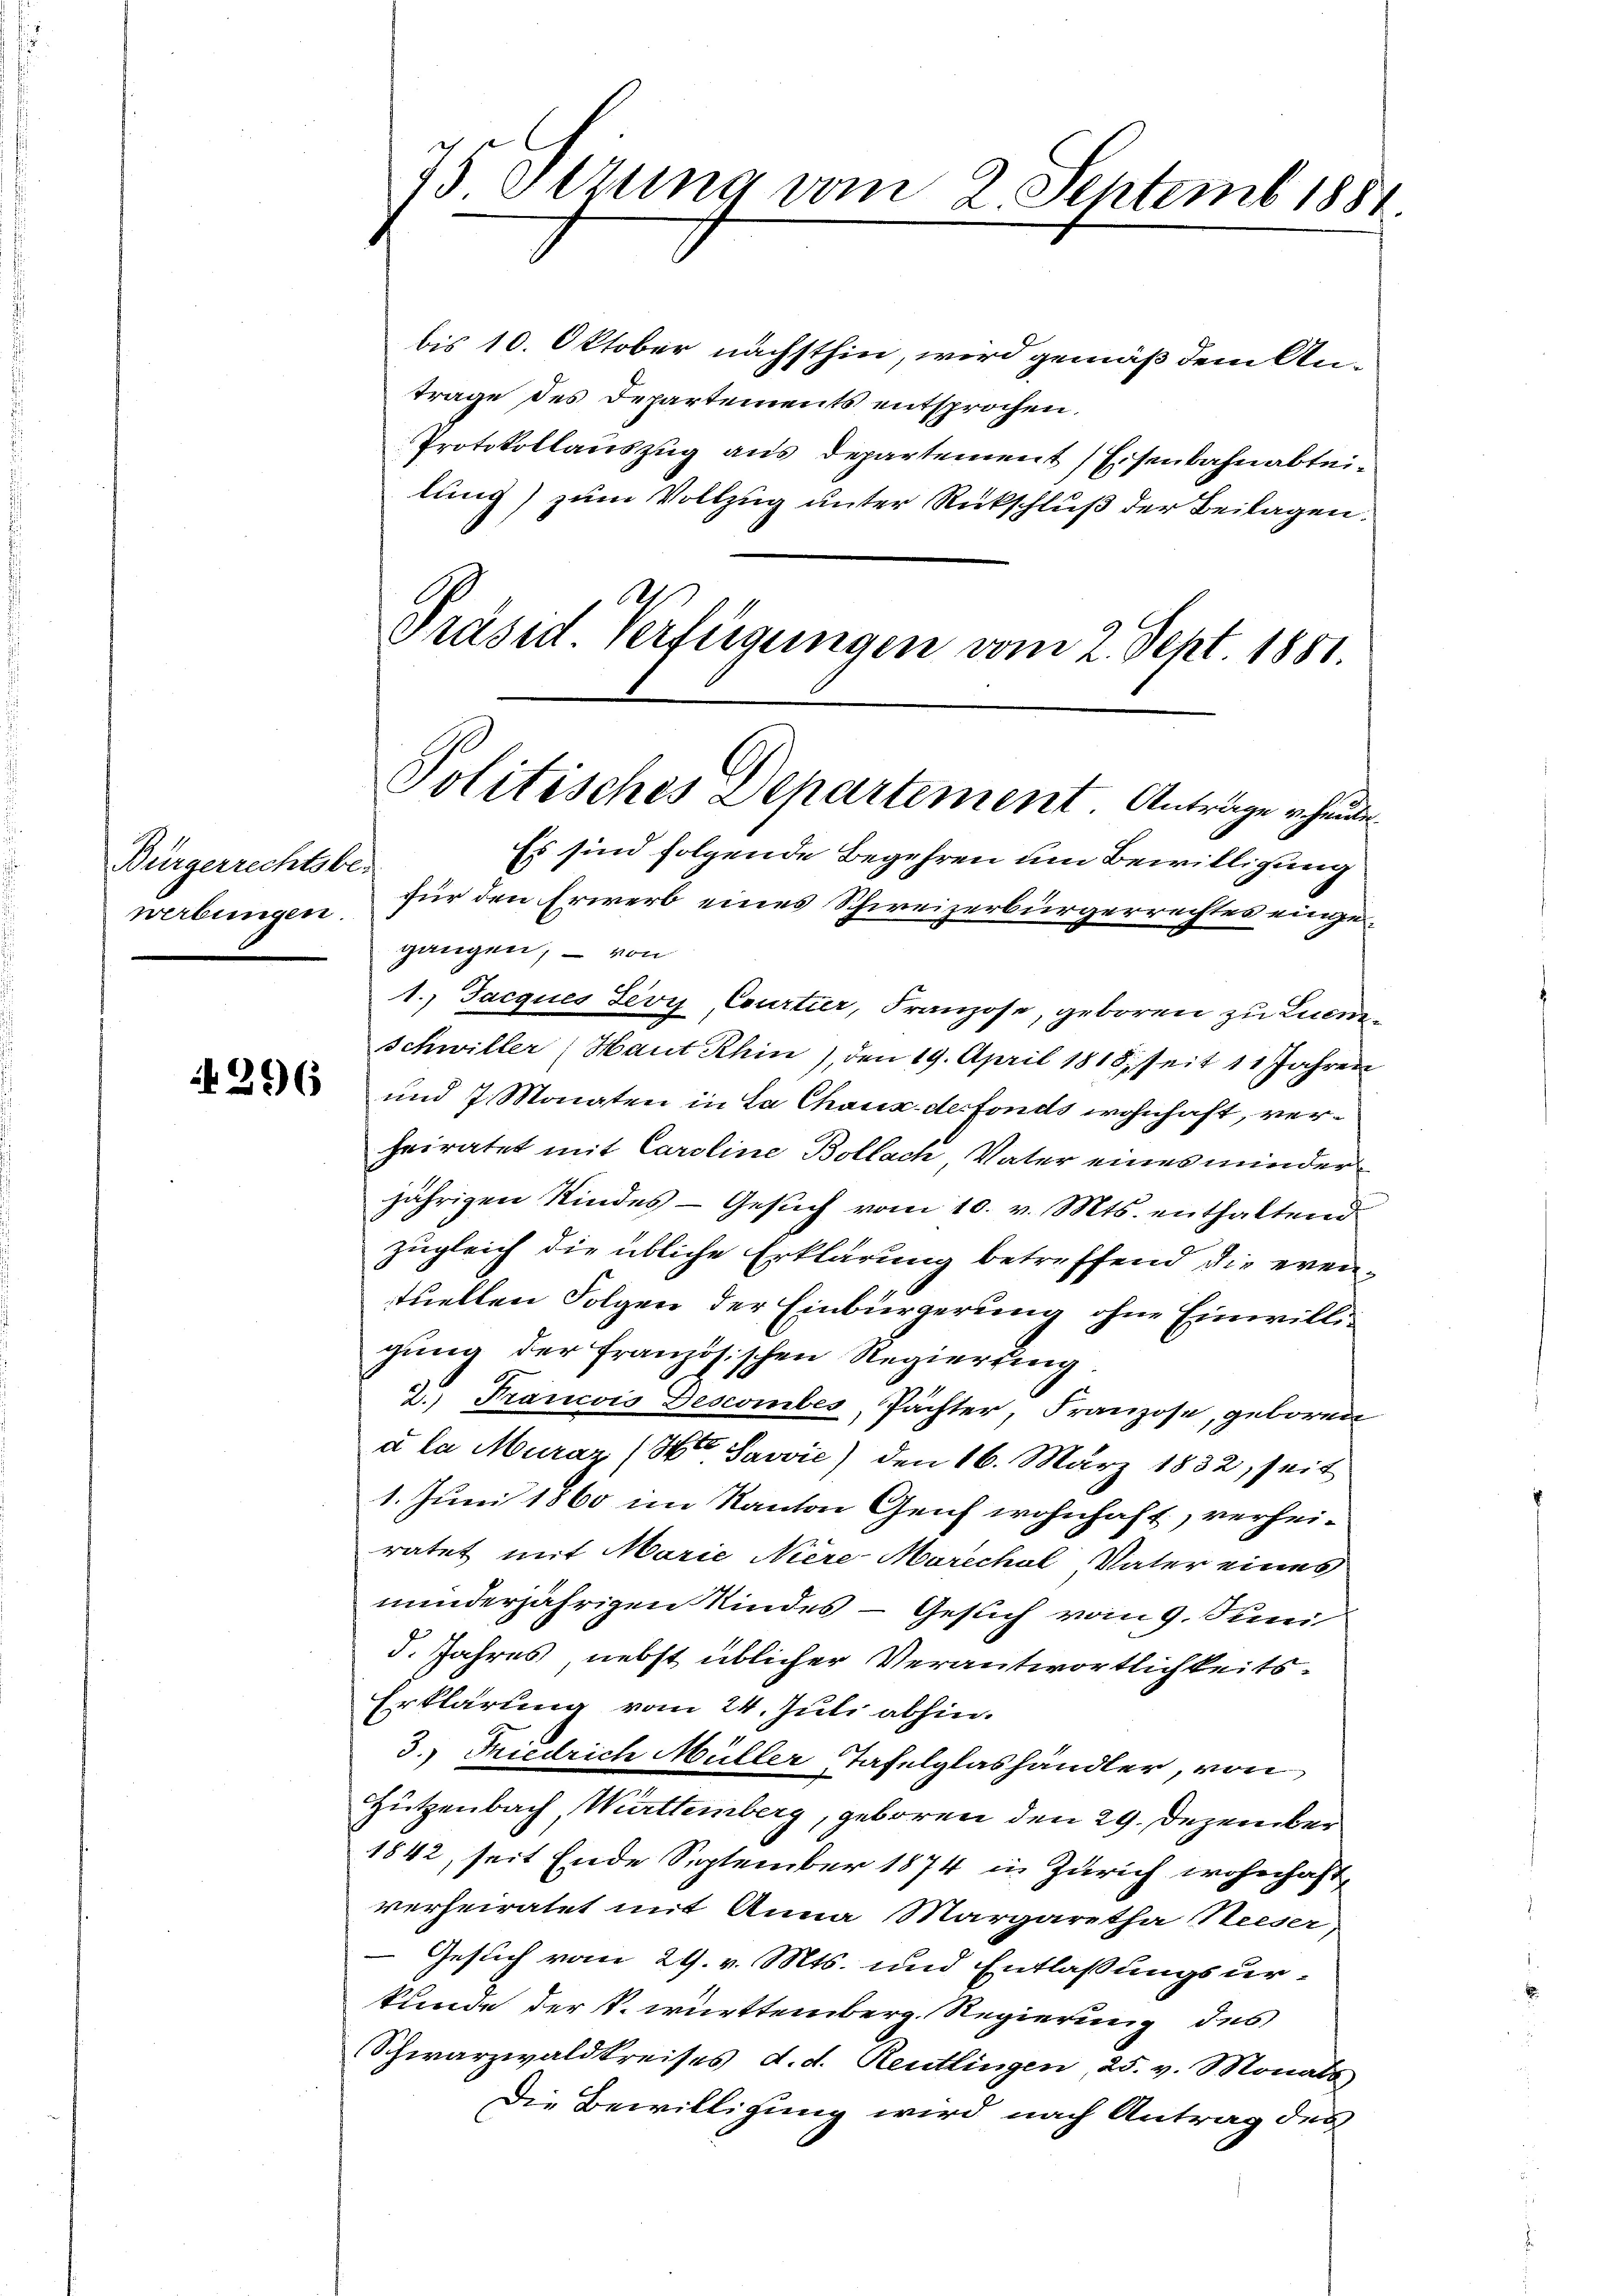
Bürgerrechtsbe-
werbungen.

75 Ottung vom 2. Septemb. 1881

bis 10. Oktober nächsthin, wird gemäß dem An-
trage des Departements entsprochen.
Protokollauszug aus Departement Eisenbahnabteilung) zum Vollzug unter Rückschluß der Beilagen.
Ah
Präsid. Verfügungen vom 2. Sept 1881.

Politisches Departement Anträge heute

Es sind folgende Begehren um Bewilligung
für den Erwerb eines Schweizerbürgerrechtes eingegangen, – von
1.) Jacques Sevy Courtier, Franzose, geboren zu Lucen
Schwiller (Haut Khin), den 19. April 1818, seit 11 Jahren
 und 7. Monaten in La Chaus der fonds wohnhaft, verheiratet mit Caroline Bollach, Vater eines minder
jährigen Kindes - Gesuch vom 10. v. Mts. enthaltend
zugleich die übliche Erklärung betreffend die eventuellen Folgen der Einbürgerung ohne Einwilligung der französischen Regierung
2. Francois Descorbes, Pächter, Franzose, geboren
à la Muraz ( Savie) den 16. März 1832, seit
1. Juni 1860 im Kanton Geich wohnhaft, verhei-
ratet mit Marie Niere-Marechal Vater eines
minderjährigen Kindes - Gesuch vom 9. Juni
d. Jahres, nebst üblicher Verantwortlichkeits-
Erklärung vom 24. Juli abhin.
3.) Friedrich Müller Tafelglashändler, von
Hützenbach, Württemberg, geboren den 29. Dezember
1842, seit Ende September 1874 in Zürich wohnhaft
verheiratet mit Anna Margaretha Neeser
Gesuch vom 29. v. Mts. und Entlassungsur-
kunde der k. württemberg. Regierung des
Schwarzwaldkreises, d. d. Reutlingen, 25. v. Monats
Die Bewilligung wird nach Antrag des